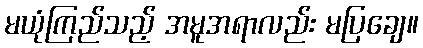
မယုံကြည်သည့် အမူအရာလည်း မပြချေ။